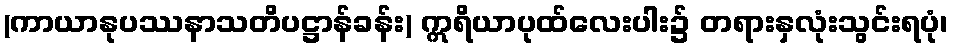
(ကာယာနုပဿနာသတိပဋ္ဌာန်ခန်း) ဣရိယာပုထ်လေးပါး၌ တရားနှလုံးသွင်းရပုံ၊